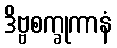
ဒိဗ္ဗစက္ခုကာနံ